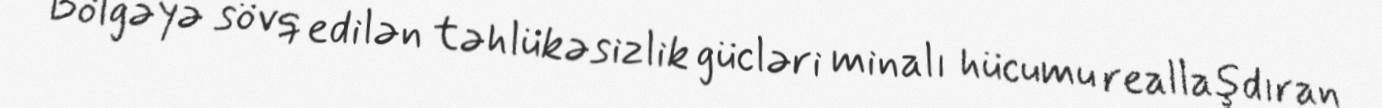
Bölgəyə sövq edilən təhlükəsizlik gücləri minalı hücumu reallaşdıran